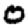
Digit: 0